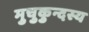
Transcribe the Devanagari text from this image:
मुचुकुन्दस्य